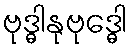
ဗုဒ္ဓါနုဗုဒ္ဓေါ